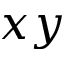
x y